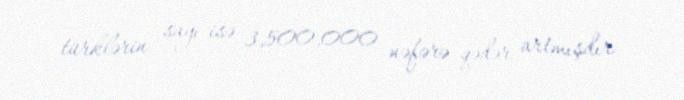
türklərin sayı isə 3,500,000 nəfərə qədər artmışdır.